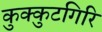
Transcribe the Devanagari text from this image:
कुक्कुटगिरि